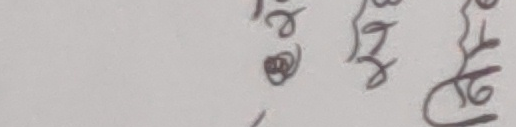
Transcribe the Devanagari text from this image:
२ ३ बु ल फू